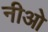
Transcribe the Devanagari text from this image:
नीओ